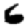
Digit: 6